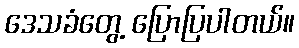
ဒေသခံတွေ့ ပြောပြပါတယ်။